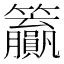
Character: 𬖊